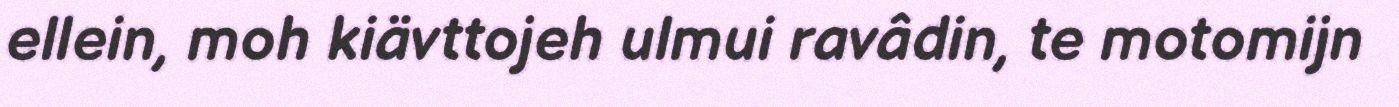
ellein, moh kiävttojeh ulmui ravâdin, te motomijn